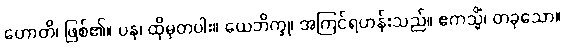
ဟောတိ၊ ဖြစ်၏။ ပန၊ ထိုမှတပါး။ ယေဘိက္ခု၊ အကြင်ရဟန်းသည်။ ဧကသ္မိံ၊ တခုသော။